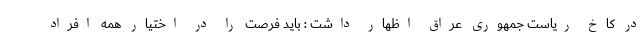
در کاخ ریاست جمهوری عراق اظهار داشت : باید فرصت را در اختیار همه افراد